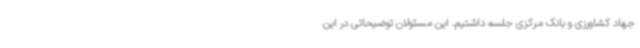
جهاد کشاورزی و بانک مرکزی جلسه داشتیم. این مسئولان توضیحاتی در این